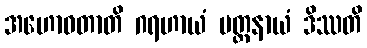
အဟောဝတာတိ ဂရဟာယံ ပတ္ထနာယံ ဒိဿတိ